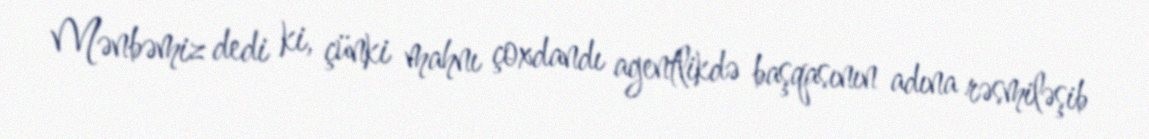
Mənbəmiz dedi ki, çünki mahnı çoxdandı agentlikdə başqasının adına rəsmiləşib